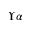
\Upsilon \alpha